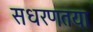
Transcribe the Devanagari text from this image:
सधरणतया